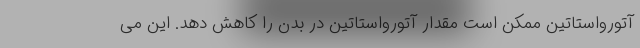
آتورواستاتین ممکن است مقدار آتورواستاتین در بدن را کاهش دهد. این می